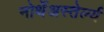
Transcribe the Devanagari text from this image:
नोर्थेअस्तेर्ल्य